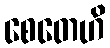
စေတေဟိ